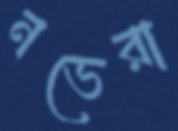
নভেরা